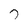
Character: T